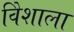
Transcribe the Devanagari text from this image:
विेशाला